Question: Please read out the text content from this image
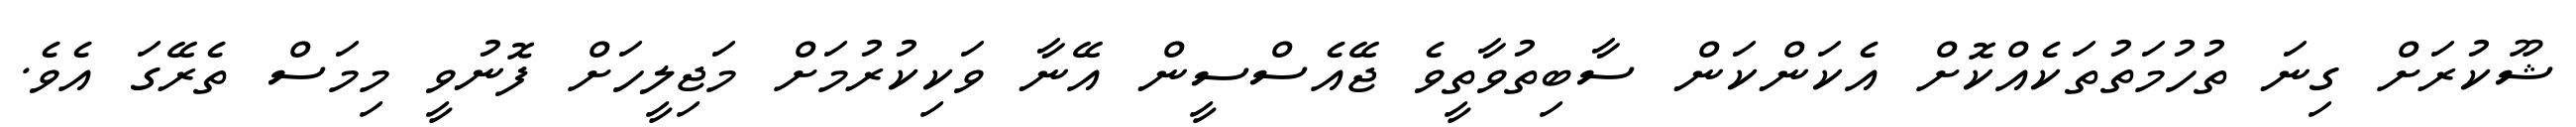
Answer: ޝޫކުރަށް ގިނަ ތުހުމަތުތަކެއްކޮށް އެކަންކަން ސާބިތުވާތީވެ ޖޭއެސްސީން އޭނާ ވަކިކުރުމަށް މަޖިލީހަށް ފޮނުވީ މިމަސް ތެރޭގަ އެވެ.